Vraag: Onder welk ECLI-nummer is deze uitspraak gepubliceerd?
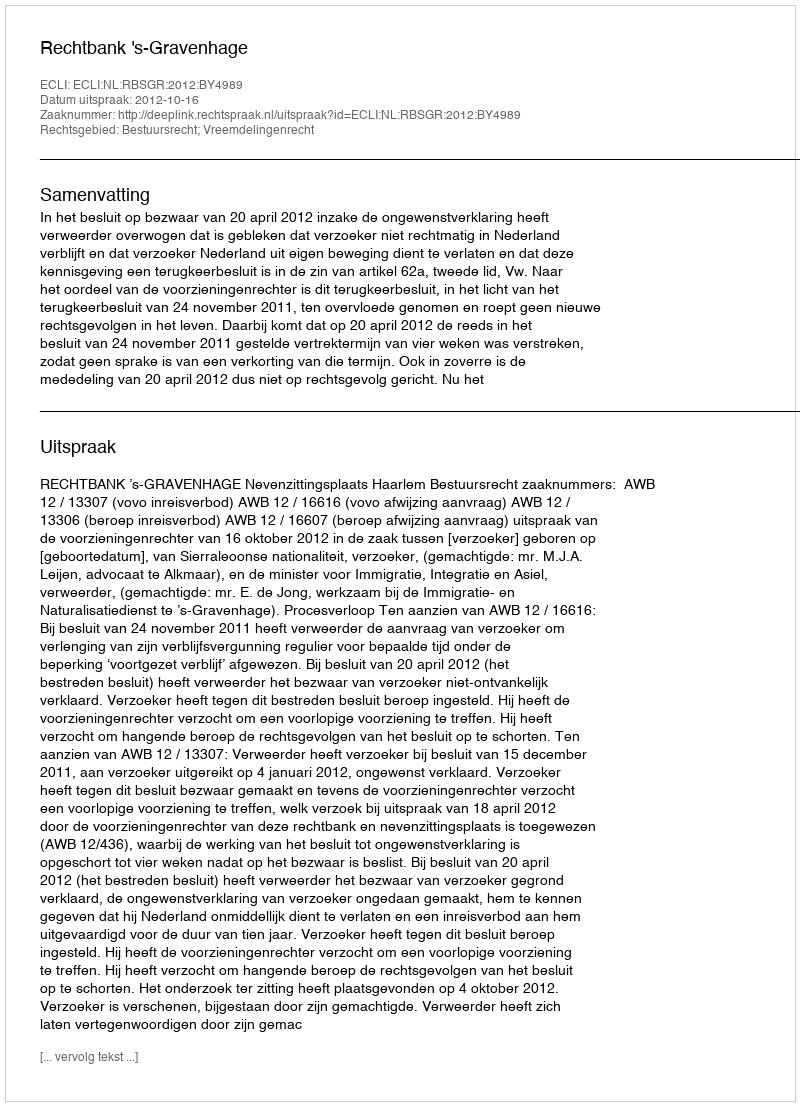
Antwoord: ECLI:NL:RBSGR:2012:BY4989